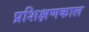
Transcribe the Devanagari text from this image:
प्रशिक्षणकाल